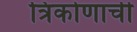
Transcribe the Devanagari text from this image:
त्रिकोणाची